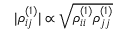
| \rho _ { i j } ^ { ( 1 ) } | \propto \sqrt { \rho _ { i i } ^ { ( 1 ) } \rho _ { j j } ^ { ( 1 ) } }